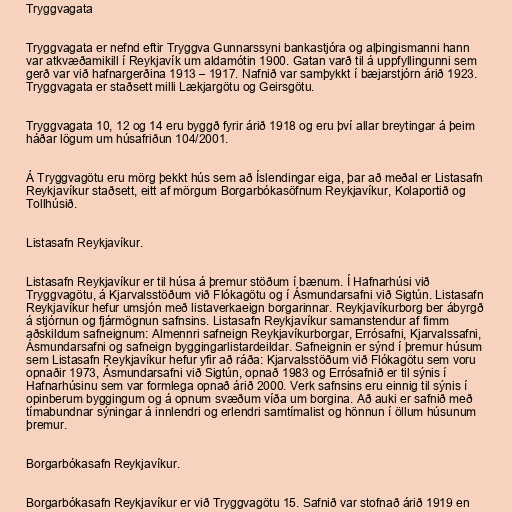
Tryggvagata

Tryggvagata er nefnd eftir Tryggva Gunnarssyni bankastjóra og alþingismanni hann
var atkvæðamikill í Reykjavík um aldamótin 1900. Gatan varð til á uppfyllingunni sem
gerð var við hafnargerðina 1913 – 1917. Nafnið var samþykkt í bæjarstjórn árið 1923.
Tryggvagata er staðsett milli Lækjargötu og Geirsgötu.

Tryggvagata 10, 12 og 14 eru byggð fyrir árið 1918 og eru því allar breytingar á þeim
háðar lögum um húsafriðun 104/2001.

Á Tryggvagötu eru mörg þekkt hús sem að Íslendingar eiga, þar að meðal er Listasafn
Reykjavíkur staðsett, eitt af mörgum Borgarbókasöfnum Reykjavíkur, Kolaportið og
Tollhúsið.

Listasafn Reykjavíkur.

Listasafn Reykjavíkur er til húsa á þremur stöðum í bænum. Í Hafnarhúsi við
Tryggvagötu, á Kjarvalsstöðum við Flókagötu og í Ásmundarsafni við Sigtún. Listasafn
Reykjavíkur hefur umsjón með listaverkaeign borgarinnar. Reykjavíkurborg ber ábyrgð
á stjórnun og fjármögnun safnsins. Listasafn Reykjavíkur samanstendur af fimm
aðskildum safneignum: Almennri safneign Reykjavíkurborgar, Errósafni, Kjarvalssafni,
Ásmundarsafni og safneign byggingarlistardeildar. Safneignin er sýnd í þremur húsum
sem Listasafn Reykjavíkur hefur yfir að ráða: Kjarvalsstöðum við Flókagötu sem voru
opnaðir 1973, Ásmundarsafni við Sigtún, opnað 1983 og Errósafnið er til sýnis í
Hafnarhúsinu sem var formlega opnað árið 2000. Verk safnsins eru einnig til sýnis í
opinberum byggingum og á opnum svæðum víða um borgina. Að auki er safnið með
tímabundnar sýningar á innlendri og erlendri samtímalist og hönnun í öllum húsunum
þremur.

Borgarbókasafn Reykjavíkur.

Borgarbókasafn Reykjavíkur er við Tryggvagötu 15. Safnið var stofnað árið 1919 en